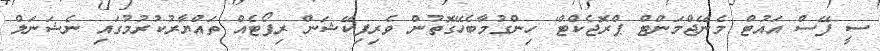
ސީ ފޭސް އައުޓް މެނޭޖްމަންޓް ޕްރޮޖެކްޓް' ހިންގުމާބެހޭގޮތުން ވެރިފިކޭޝަން ރިޕޯޓެއް ތައްޔާރުކުރުމުގައި ނެޝަނަލް